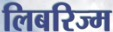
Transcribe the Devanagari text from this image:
लिबरिज्म